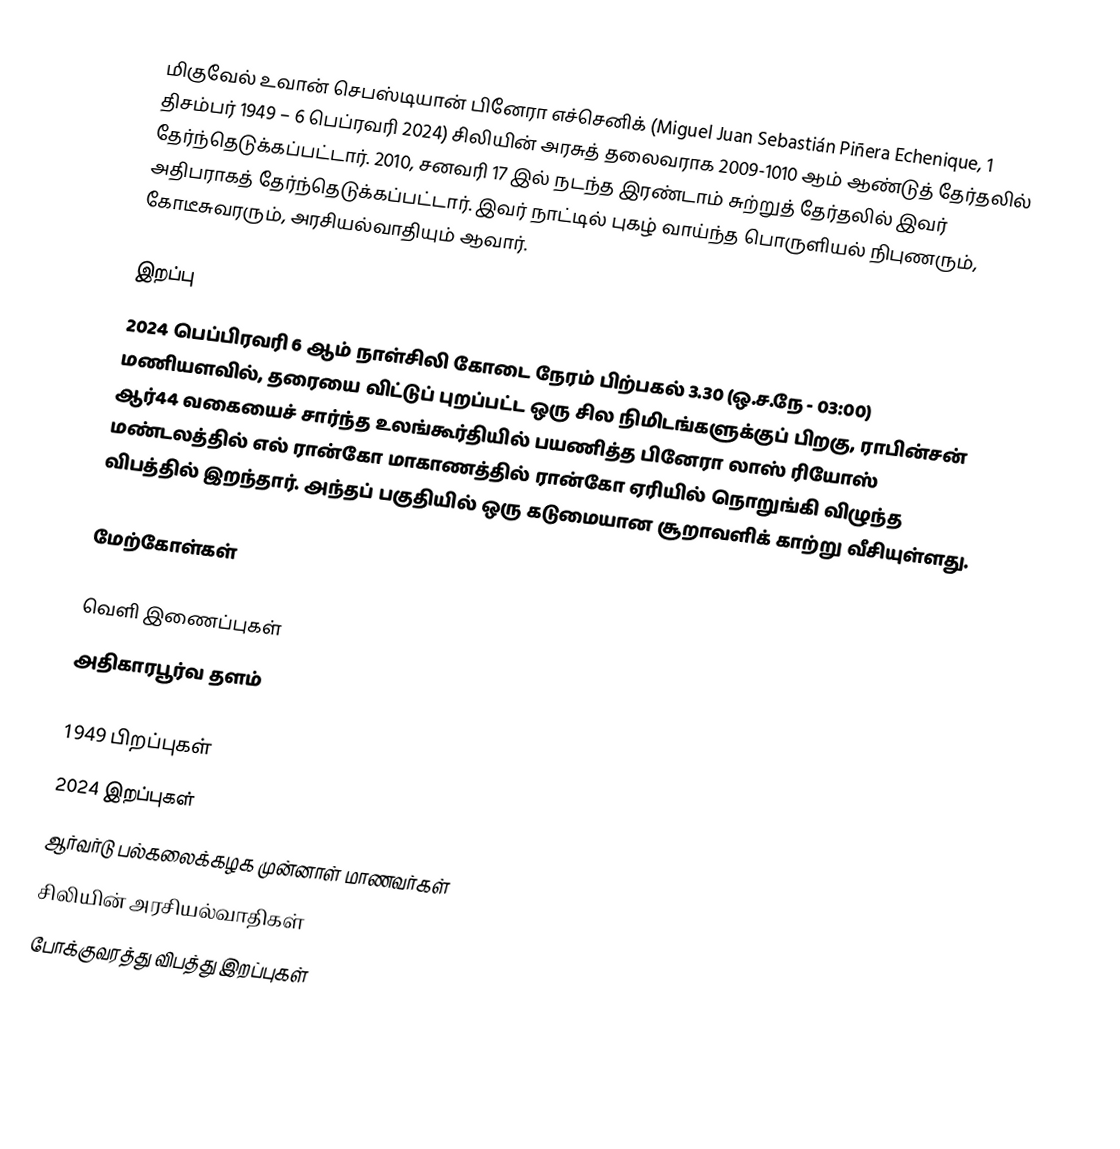
மிகுவேல் உவான் செபஸ்டியான் பினேரா எச்செனிக் (Miguel Juan Sebastián Piñera Echenique, 1 திசம்பர் 1949 – 6 பெப்ரவரி 2024) சிலியின் அரசுத் தலைவராக 2009-1010 ஆம் ஆண்டுத் தேர்தலில் தேர்ந்தெடுக்கப்பட்டார். 2010, சனவரி 17 இல் நடந்த இரண்டாம் சுற்றுத் தேர்தலில் இவர் அதிபராகத் தேர்ந்தெடுக்கப்பட்டார். இவர் நாட்டில் புகழ் வாய்ந்த பொருளியல் நிபுணரும், கோடீசுவரரும், அரசியல்வாதியும் ஆவார்.

இறப்பு
2024 பெப்பிரவரி 6 ஆம் நாள்சிலி கோடை நேரம் பிற்பகல் 3.30 (ஒ.ச.நே - 03:00) மணியளவில், தரையை விட்டுப் புறப்பட்ட ஒரு சில நிமிடங்களுக்குப் பிறகு, ராபின்சன் ஆர்44 வகையைச் சார்ந்த உலங்கூர்தியில் பயணித்த பினேரா லாஸ் ரியோஸ் மண்டலத்தில் எல் ரான்கோ மாகாணத்தில் ரான்கோ ஏரியில் நொறுங்கி விழுந்த விபத்தில் இறந்தார்.   அந்தப் பகுதியில் ஒரு கடுமையான சூறாவளிக் காற்று வீசியுள்ளது.

மேற்கோள்கள்

வெளி இணைப்புகள்
 அதிகாரபூர்வ தளம்

1949 பிறப்புகள்
2024 இறப்புகள்
ஆர்வர்டு பல்கலைக்கழக முன்னாள் மாணவர்கள்
சிலியின் அரசியல்வாதிகள்
போக்குவரத்து விபத்து இறப்புகள்